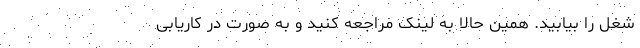
شغل را بیابید. همین حالا به لینک مراجعه کنید و به صورت در کاریابی